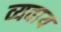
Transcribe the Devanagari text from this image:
व्यवाय